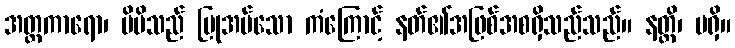
အတ္တကာရော၊ မိမိသည် ပြုအပ်သော ကံကြောင့် နတ်၏အဖြစ်အစရှိသည်သည်။ နတ္ထိ၊ မရှိ။